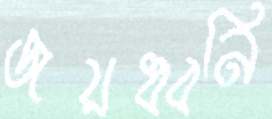
জয়ধ্বনি